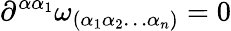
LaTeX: \partial^{\alpha\alpha_{1}}\omega_{(\alpha_{1}\alpha_{2}\ldots\alpha_{n})}=0